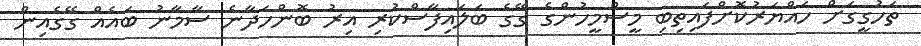
ތަހުގީގަށް ހައްޔަރުކޮށްފައިތިބި މީސްމީހުންގެ ގޭގެ ބަލައިފާސްކުރި އިރު ބޮންހަދާނެ ސާމާނު ބައެއް ގޭގެއިން